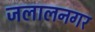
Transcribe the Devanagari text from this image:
जलालनगर